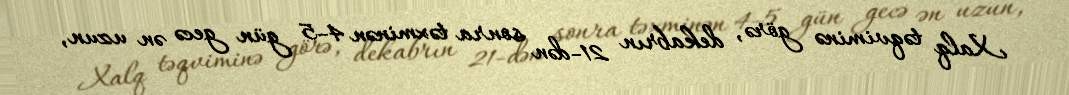
Xalq təqviminə görə, dekabrın 21-dən sonra təxminən 4-5 gün gecə ən uzun,